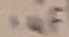
Text: 1µF